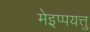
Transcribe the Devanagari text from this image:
मेइप्पयत्तु